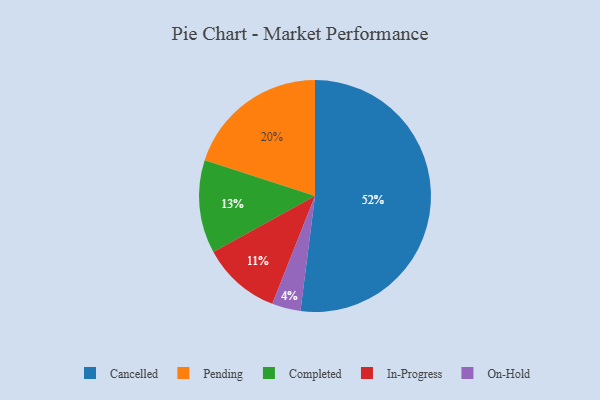
{"axis": {"x": "Category", "y": "Percentage"}, "legend": ["Cancelled", "Completed", "In-Progress", "On-Hold", "Pending"], "data": [{"x": "Pending", "y": 20, "type": "Pending"}, {"x": "Completed", "y": 13, "type": "Completed"}, {"x": "In-Progress", "y": 11, "type": "In-Progress"}, {"x": "On-Hold", "y": 4, "type": "On-Hold"}, {"x": "Cancelled", "y": 52, "type": "Cancelled"}]}